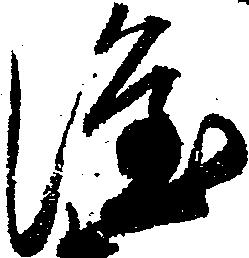
隆